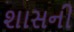
શાસની